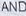
AND